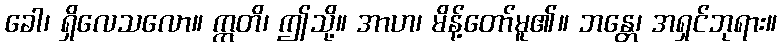
ခေါ၊ ရှိလေသလော။ ဣတိ၊ ဤသို့။ အာဟ၊ မိန့်တော်မူ၏။ ဘန္တေ၊ အရှင်ဘုရား။